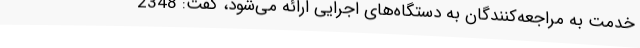
خدمت به مراجعه‌کنندگان به دستگاه‌های اجرایی ارائه می‌شود، گفت: 2348